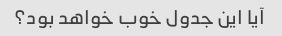
آیا این جدول خوب خواهد بود؟